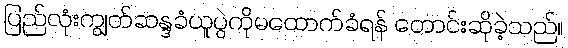
ပြည်လုံးကျွတ်ဆန္ဒခံယူပွဲကိုမထောက်ခံရန် တောင်းဆိုခဲ့သည်။